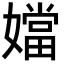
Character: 㜭